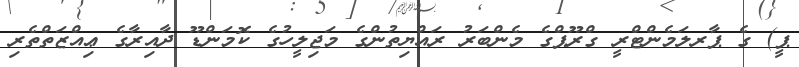
ޕީ) ގެ ޕާރލަމެންޓްރީ ގްރޫޕްގެ މެންބަރު ރައްޔިތުންގެ މަޖިލީހުގެ ކޮމަންޑޫ ދާއިރާގެ ޢިއްޒަތްތެރި